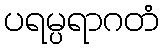
ပရမ္ပရာဂတံ